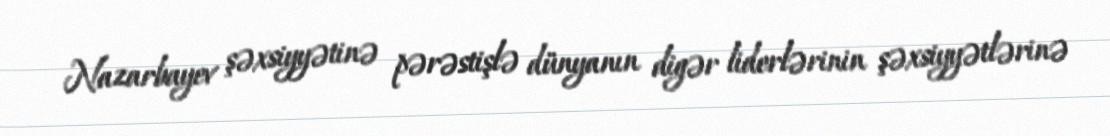
Nazarbayev şəxsiyyətinə pərəstişlə dünyanın digər liderlərinin şəxsiyyətlərinə